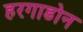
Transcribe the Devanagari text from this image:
हरगाडोन